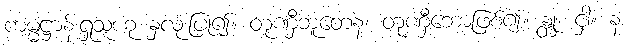
ကမ္မဋ္ဌာန်းရှုသူဟု နှလုံးပြု၍။ တုဏှီဘူတေန၊ တုဏှီဘောဖြစ်၍။ န္တုံ၊ ငှါ။ န